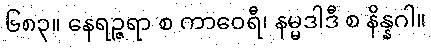
၆၈၃။ နေရဉ္ဇရာ စ ကာဝေရီ၊ နမ္မဒါဒီ စ နိန္နဂါ။